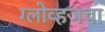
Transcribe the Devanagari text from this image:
ग्लोव्हजचा